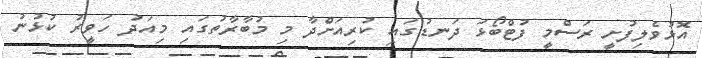
އޮޅުވެލިފުށީ ރަސްމީ ފުޓްބޯޅަ ދަނޑުގައި ކުރިއަށްދާ މި މުބާރާތުގައި މިއަދު ހަވީރު ކުޅުނު